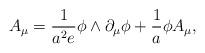
LaTeX: \begin{align*}A_{\mu}= \frac {1}{a^{2}e} \phi \wedge \partial_{\mu} \phi+ \frac {1}{a} \phi A_{\mu},\end{align*}